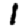
Digit: 1